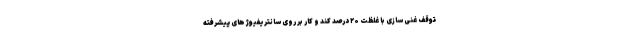
توقف غنی سازی با غلظت ۲۰ درصد کند و کار بر روی سانتریفیوژهای پیشرفته